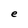
Character: e